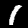
Digit: 1